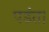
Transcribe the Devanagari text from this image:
पडंत।